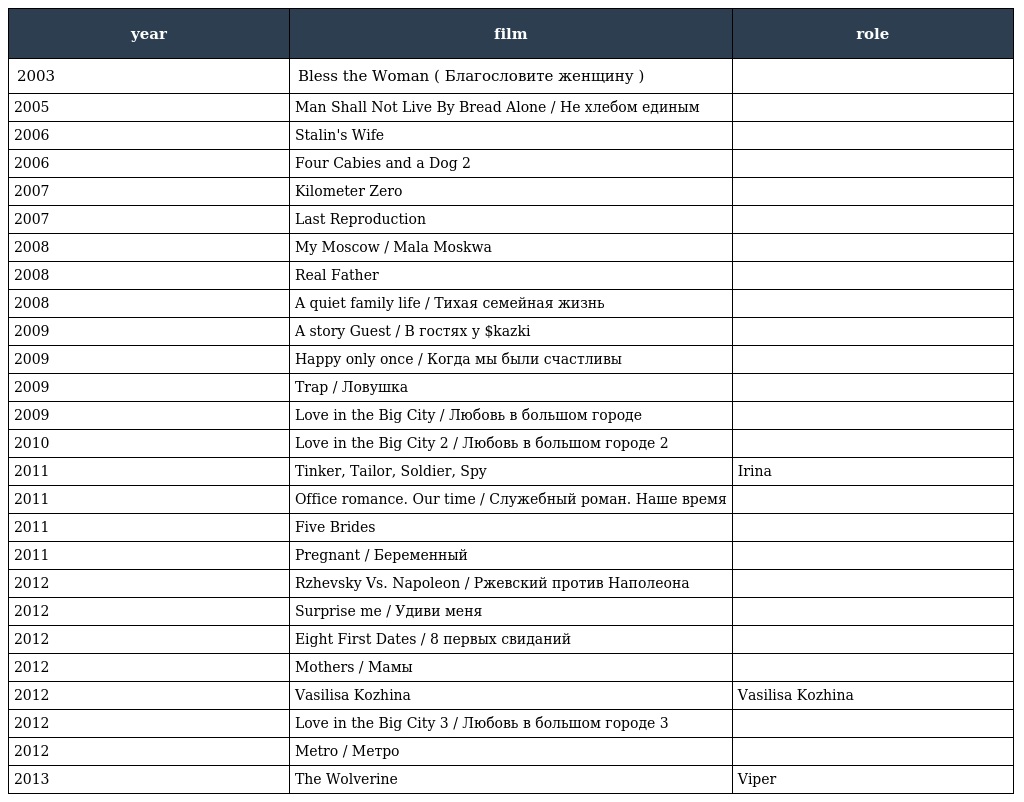
| year | film | role |
 | --- | --- | --- |
 | 2003 | Bless the Woman ( Благословите женщину ) |  |
 | 2005 | Man Shall Not Live By Bread Alone / Не хлебом единым |  |
 | 2006 | Stalin's Wife |  |
 | 2006 | Four Cabies and a Dog 2 |  |
 | 2007 | Kilometer Zero |  |
 | 2007 | Last Reproduction |  |
 | 2008 | My Moscow / Mala Moskwa |  |
 | 2008 | Real Father |  |
 | 2008 | A quiet family life / Тихая семейная жизнь |  |
 | 2009 | A story Guest / В гостях у $kazki |  |
 | 2009 | Happy only once / Когда мы были счастливы |  |
 | 2009 | Trap / Ловушка |  |
 | 2009 | Love in the Big City / Любовь в большом городе |  |
 | 2010 | Love in the Big City 2 / Любовь в большом городе 2 |  |
 | 2011 | Tinker, Tailor, Soldier, Spy | Irina |
 | 2011 | Office romance. Our time / Служебный роман. Наше время |  |
 | 2011 | Five Brides |  |
 | 2011 | Pregnant / Беременный |  |
 | 2012 | Rzhevsky Vs. Napoleon / Ржевский против Наполеона |  |
 | 2012 | Surprise me / Удиви меня |  |
 | 2012 | Eight First Dates / 8 первых свиданий |  |
 | 2012 | Mothers / Мамы |  |
 | 2012 | Vasilisa Kozhina | Vasilisa Kozhina |
 | 2012 | Love in the Big City 3 / Любовь в большом городе 3 |  |
 | 2012 | Metro / Метро |  |
 | 2013 | The Wolverine | Viper |